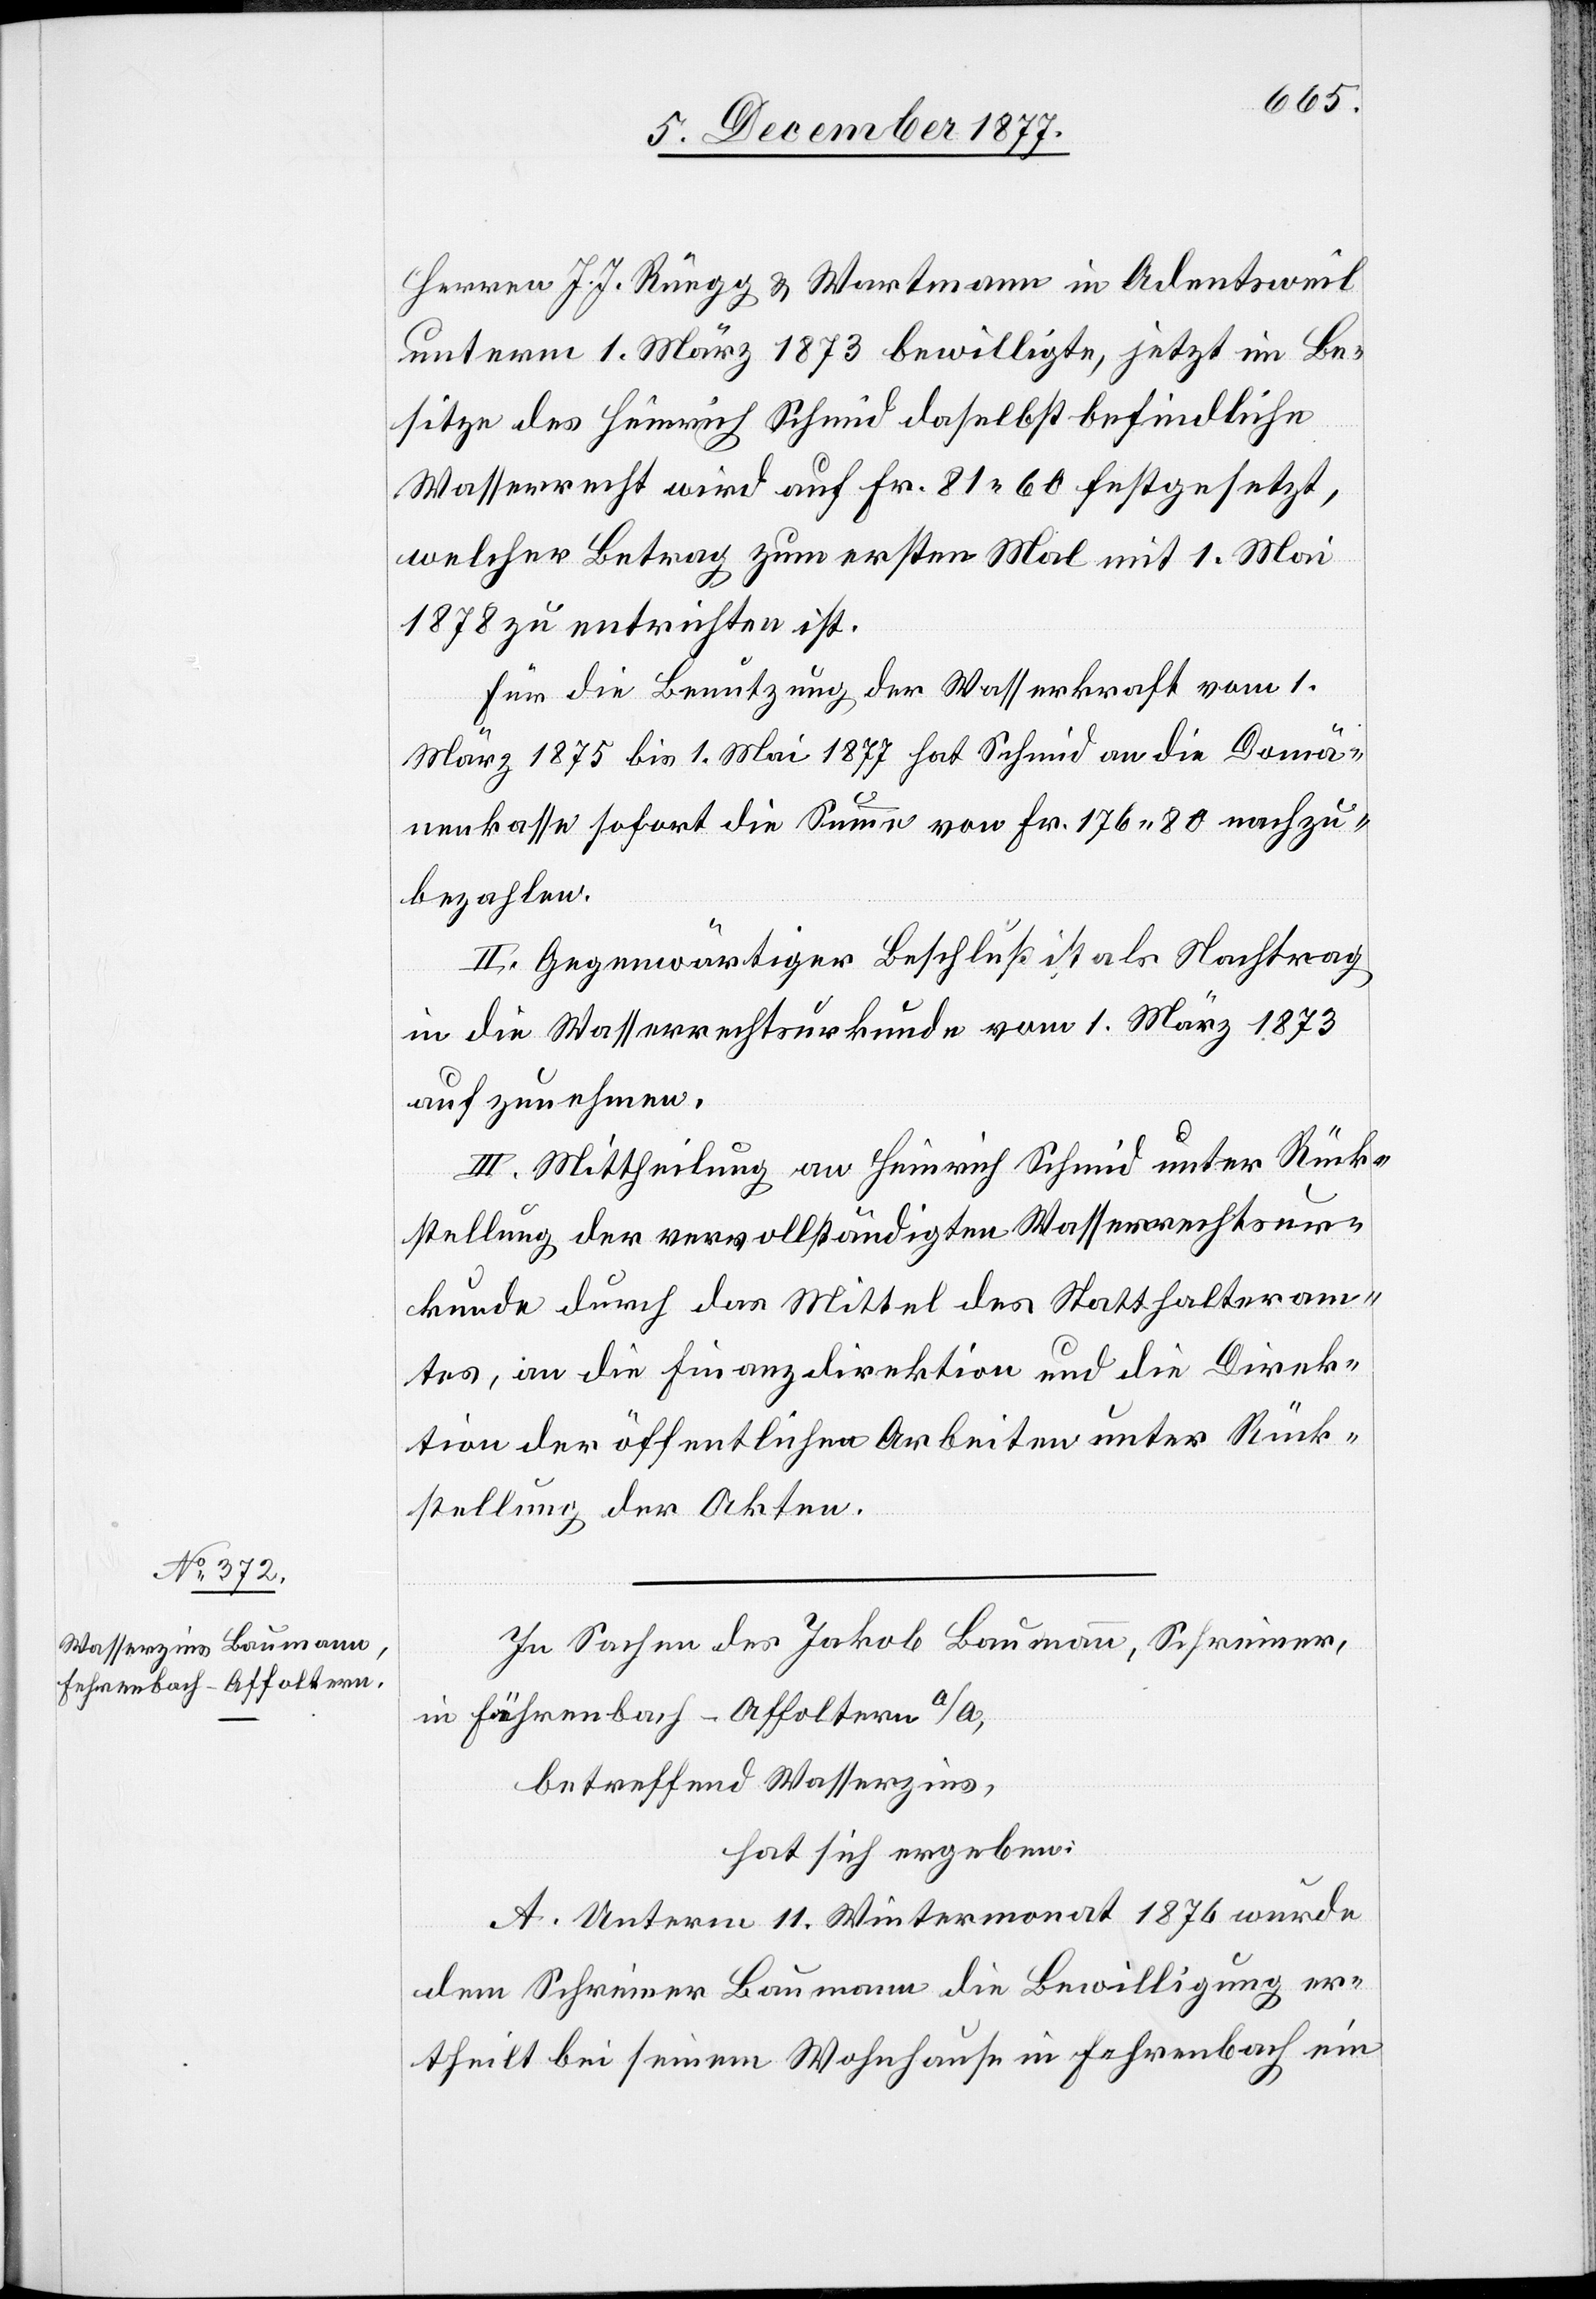
Herren J. J. Rüegg & Wartmann in Adentsweil
unterm 1. März 1873 bewilligte, jetzt im Be¬
sitze des Heinrich Schmid daselbst befindliche
Wasserrecht wird auf Fr. 81 60 festgesetzt,
welcher Betrag zum ersten Mal mit 1. Mai
1878 zu entrichten ist.
Für die Benutzung der Wasserkraft vom 1.
März 1875 bis 1. Mai 1877 hat Schmid an die Domä¬
nenkasse sofort die Summe von Fr. 176 80 nachzu¬
bezahlen.
II. Gegenwärtiger Beschluß ist als Nachtrag
in die Wasserrechtsurkunde vom 1. März 1873
aufzunehmen.
III. Mittheilung an Heinrich Schmid unter Rück¬
stellung der vervollständigten Wasserrechtsur¬
kunde durch das Mittel des Statthalteram¬
tes, an die Finanzdirektion und die Direk¬
tion der öffentlichen Arbeiten unter Rück¬
stellung der Akten.
In Sachen des Jakob Baumann, Schreiner,
in Fehrenbach - Affoltern a/A,
betreffend Wasserzins,
hat sich ergeben:
A. Unterm 11. Wintermonat 1876 wurde
dem Schreiner Baumann die Bewilligung er¬
theilt bei seinem Wohnhause in Fehrenbach ein